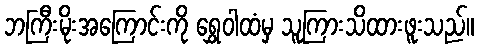
ဘကြီးမိုးအကြောင်းကို ရွှေဝါထံမှ သူကြားသိထားဖူးသည်။